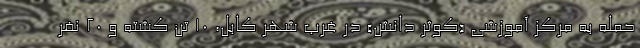
حمله به مرکز آموزشی «کوثر دانش» در غرب شهر کابل، ۱۰ تن کشته و ۲۰ نفر